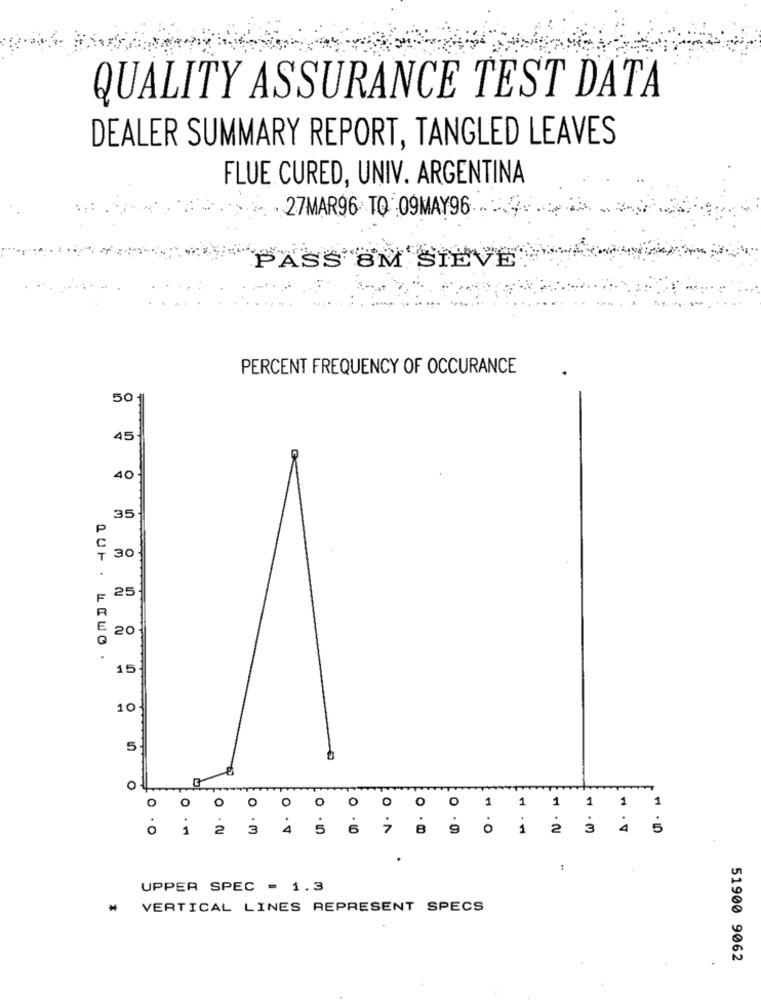
QUALITY ASSURANCE TEST DATA
DEALER SUMMARY REPORT, TANGLED LEAVES
FLUE CURED, UNIV. ARGENTINA
27MAR96 TQ 09MAY96
PASS BM SIEVE
PERCENT FREQUENCY OF OCCURANCE
50
45
40
35
30
25
20
QUF . LIWO .
15.
10.
5
0
O
O
O
O
0
O
O
O
1
1
1
1
1
1
O
. O
1
2
3
.V
5
6
8
9
. O
3
4
.
UPPER SPEC = 1.3
₦ VERTICAL LINES REPRESENT SPECS
51900 9062